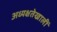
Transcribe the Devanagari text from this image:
अध्यक्षतेखालीं